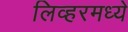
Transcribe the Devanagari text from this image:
लिव्हरमध्ये